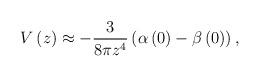
LaTeX: \begin{align*}V\left( z\right) \approx -\frac{3}{8\pi z^{4}}\left( \alpha \left( 0\right)-\beta \left( 0\right) \right) , \end{align*}